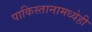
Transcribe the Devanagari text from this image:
पाकिस्तानामध्येही